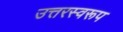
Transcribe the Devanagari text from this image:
उत्तरस्वरूप